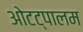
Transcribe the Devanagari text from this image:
ओटट्पालम